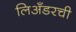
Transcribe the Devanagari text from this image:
लिअँडरची